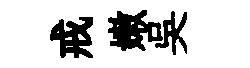
戒嫩吳